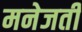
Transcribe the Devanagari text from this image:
मनेजती